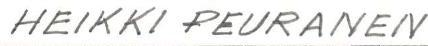
HEIKKI PEURANEN